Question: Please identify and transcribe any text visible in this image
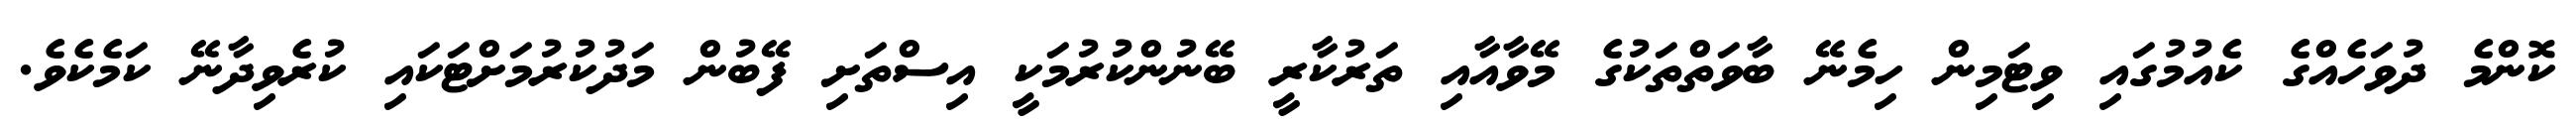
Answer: ކޮންމެ ދުވަހެއްގެ ކެއުމުގައި ވިޓަމިން ހިމެނޭ ބާވަތްތަކުގެ މޭވާއާއި ތަރުކާރީ ބޭނުންކުރުމަކީ އިސްތަށި ފޭބުން މަދުކުރުމަށްޓަކައި ކުރެވިދާނޭ ކަމެކެވެ.